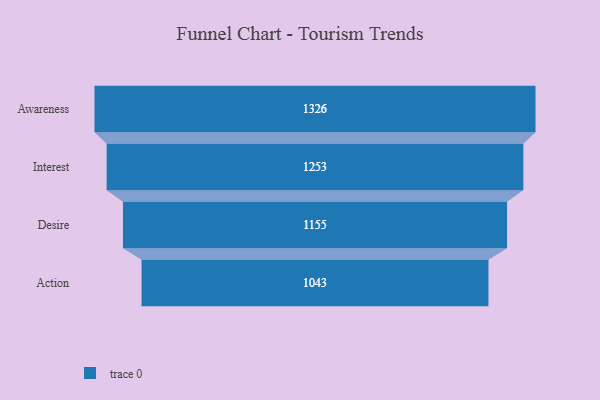
{"axis": {"x": "Stage", "y": "Value"}, "legend": [""], "data": [{"x": "Awareness", "y": 1326.0, "type": ""}, {"x": "Interest", "y": 1253.0, "type": ""}, {"x": "Desire", "y": 1155.0, "type": ""}, {"x": "Action", "y": 1043.0, "type": ""}]}